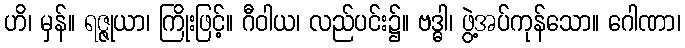
ဟိ၊ မှန်။ ရဇ္ဇုယာ၊ ကြိုးဖြင့်။ ဂီဝါယ၊ လည်ပင်း၌။ ဗဒ္ဓါ၊ ဖွဲ့အပ်ကုန်သော။ ဂေါဏာ၊